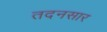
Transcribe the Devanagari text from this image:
तदनसार